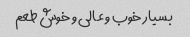
بسیار خوب و عالی و خوش طعم